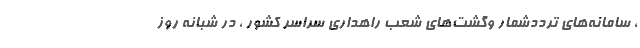
، سامانه‌های ترددشمار وگشت‌های شعب راهداری سراسر کشور ، در شبانه ‌روز